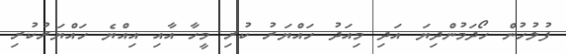
ފުލުހުން ހޯދަމުންދިޔަ އަދި މިއަދު ހައްޔަރު ކުރި މީހާ އާއި އިއްޔެ ހައްޔަރުކުރި